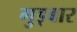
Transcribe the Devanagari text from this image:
गुड्बार